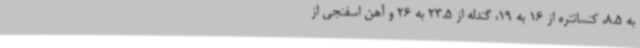
به 8.5، کنسانتره از 16 به 19، گندله از 23.5 به 26 و آهن اسفنجی از